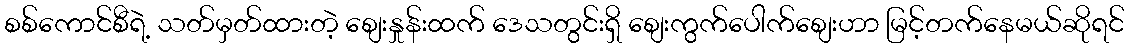
စစ်ကောင်စီရဲ့ သတ်မှတ်ထားတဲ့ စျေးနှုန်းထက် ဒေသတွင်းရှိ စျေးကွက်ပေါက်စျေးဟာ မြင့်တက်နေမယ်ဆိုရင်